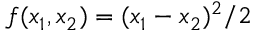
f ( x _ { 1 } , x _ { 2 } ) = ( x _ { 1 } - x _ { 2 } ) ^ { 2 } / 2